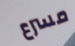
مسرع